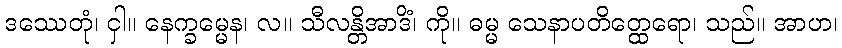
ဒဿေတုံ၊ ငှါ။ နေက္ခမ္မေန၊ လ။ သီလန္တိအာဒိံ၊ ကို။ ဓမ္မ သေနာပတိတ္ထေရော၊ သည်။ အာဟ၊